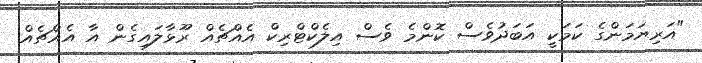
"އަރިޔަމަންގެ ކަމަކީ އަބަދުވެސް ކޮންމެ ވެސް އިލެކްޓްރިކް އެއްޗެއް ރޫޅާލައިގެން އާ އެއްޗެއް